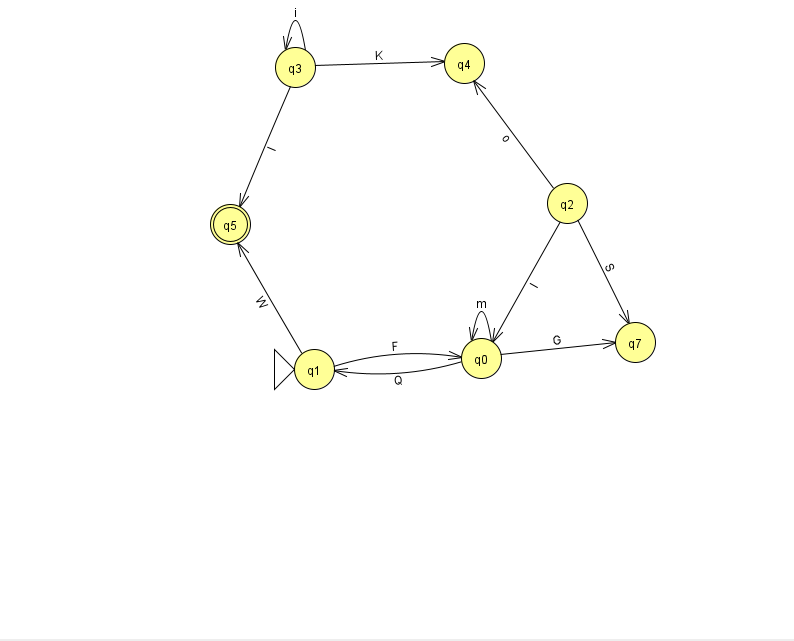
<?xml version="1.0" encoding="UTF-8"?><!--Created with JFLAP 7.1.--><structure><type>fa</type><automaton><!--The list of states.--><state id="0" name="q0"><x>481.0</x><y>345.0</y></state><state id="1" name="q1"><x>314.0</x><y>356.0</y><initial/></state><state id="2" name="q2"><x>567.0</x><y>190.0</y></state><state id="3" name="q3"><x>295.0</x><y>54.0</y></state><state id="4" name="q4"><x>464.0</x><y>50.0</y></state><state id="5" name="q5"><x>230.0</x><y>211.0</y><final/></state><state id="7" name="q7"><x>635.0</x><y>329.0</y></state><!--The list of transitions.--><transition><from>1</from><to>5</to><read>W</read></transition><transition><from>2</from><to>0</to><read>I</read></transition><transition><from>2</from><to>7</to><read>S</read></transition><transition><from>3</from><to>5</to><read>I</read></transition><transition><from>3</from><to>4</to><read>K</read></transition><transition><from>1</from><to>0</to><read>F</read></transition><transition><from>3</from><to>3</to><read>i</read></transition><transition><from>2</from><to>4</to><read>o</read></transition><transition><from>0</from><to>7</to><read>G</read></transition><transition><from>0</from><to>0</to><read>m</read></transition><transition><from>0</from><to>1</to><read>Q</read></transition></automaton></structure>